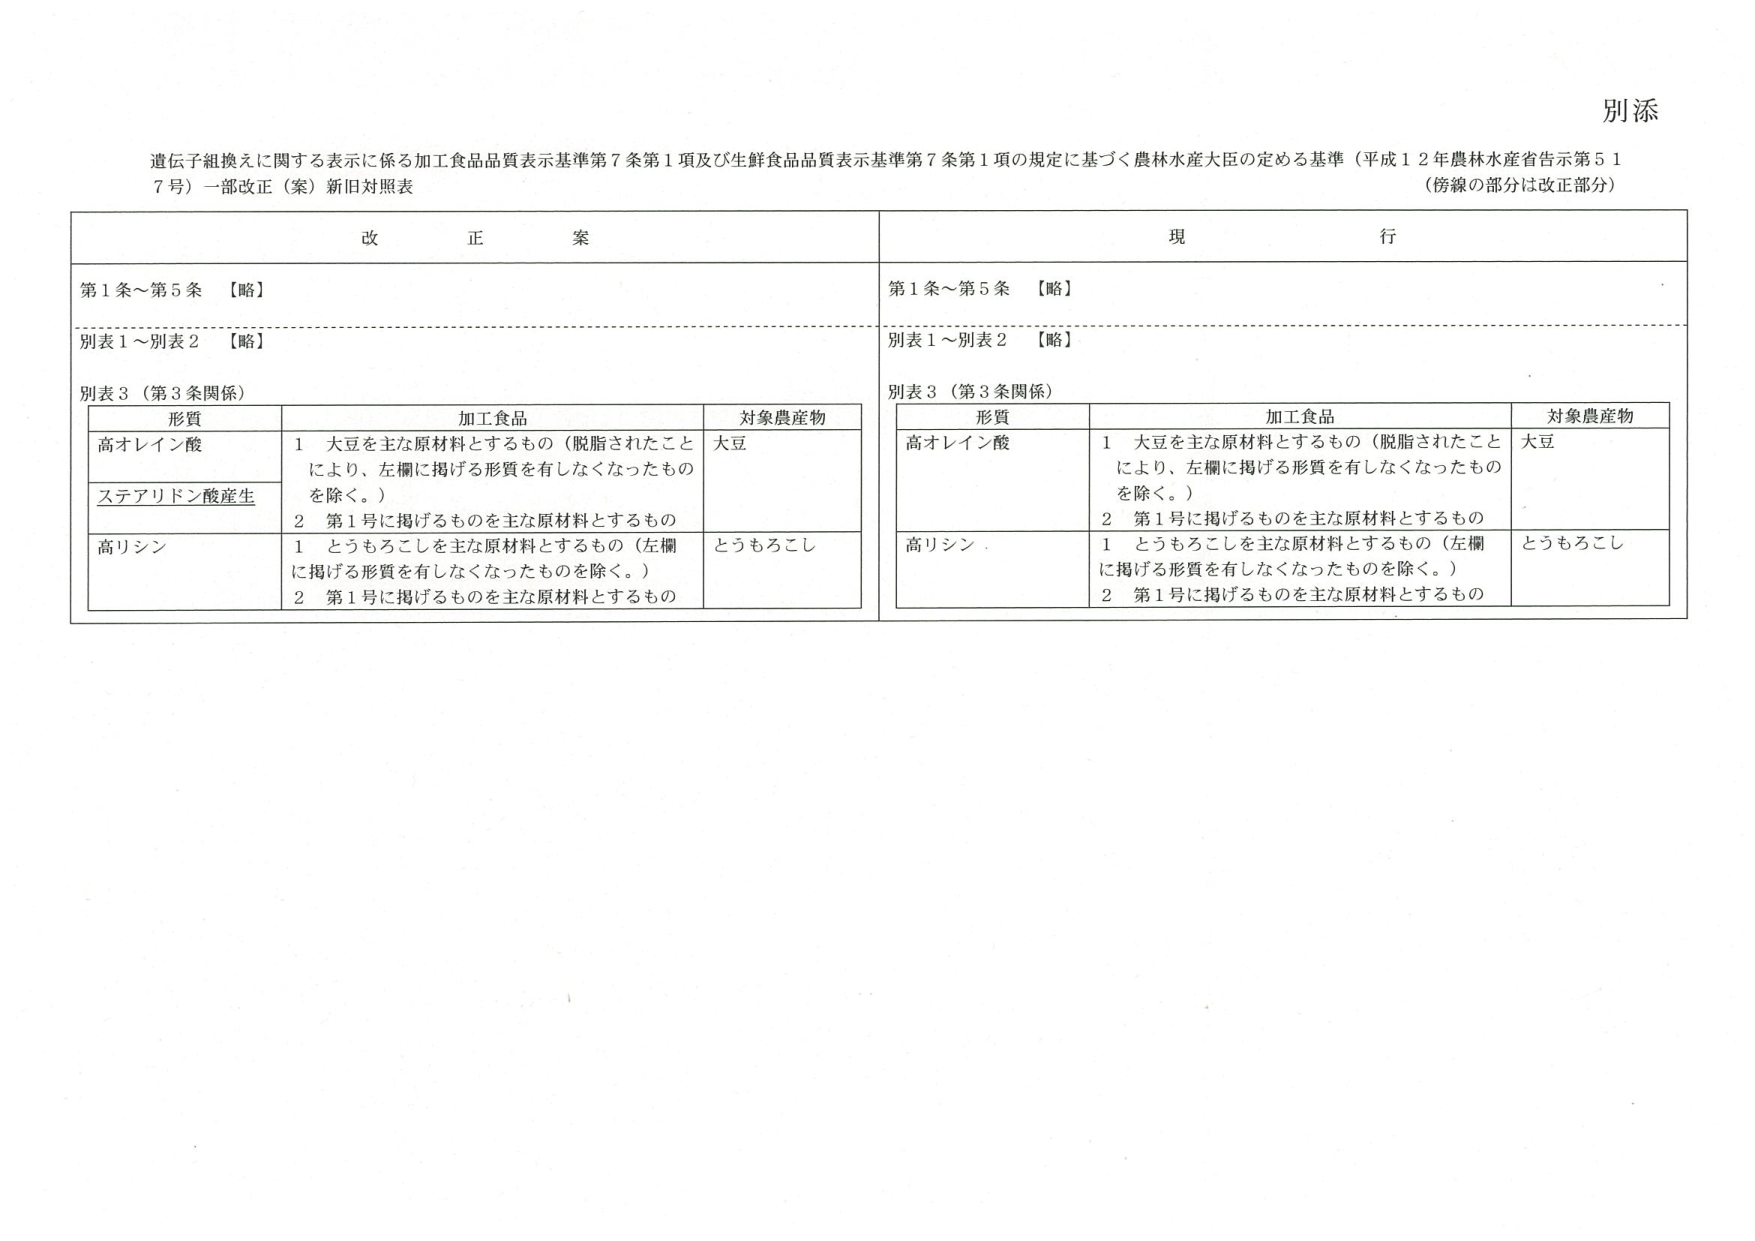
別添

遺伝子組換えに関する表示に係る加工食品品質表示基準第7条第1項及び生鮮食品品質表示基準第7条第1項の規定に基づく農林水産大臣の定める基準（平成12年農林水産省告示第517号）一部改正（案）新旧対照表
（傍線の部分は改正部分）

改 正 案

第1条～第5条 【略】
別表1～別表2 【略】
別表3（第3条関係）

形質 加工食品 対象農産物
高オレイン酸 1 大豆を主な原材料とするもの（脱脂されたことにより、左欄に掲げる形質を有しなくなったものを除く。） 大豆
ステアリドン酸産生 2 第1号に掲げるものを主な原材料とするもの
高リシン 1 とうもろこしを主な原材料とするもの（左欄に掲げる形質を有しなくなったものを除く。） とうもろこし
 2 第1号に掲げるものを主な原材料とするもの

現 行

第1条～第5条 【略】
別表1～別表2 【略】
別表3（第3条関係）

形質 加工食品 対象農産物
高オレイン酸 1 大豆を主な原材料とするもの（脱脂されたことにより、左欄に掲げる形質を有しなくなったものを除く。） 大豆
 2 第1号に掲げるものを主な原材料とするもの
高リシン 1 とうもろこしを主な原材料とするもの（左欄に掲げる形質を有しなくなったものを除く。） とうもろこし
 2 第1号に掲げるものを主な原材料とするもの